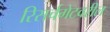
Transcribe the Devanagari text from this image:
रिसर्चगेटवरील